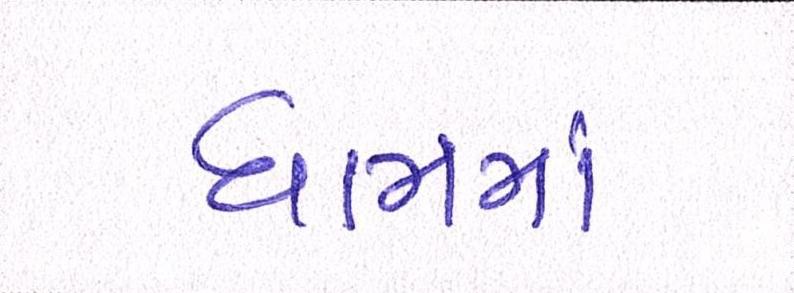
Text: ધામમાં